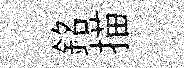
銘描